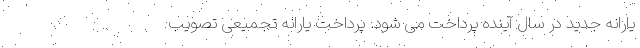
یارانه جدید در سال آینده پرداخت می شود. پرداخت یارانه تجمیعی تصویب